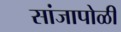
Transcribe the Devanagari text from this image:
सांजापोळी